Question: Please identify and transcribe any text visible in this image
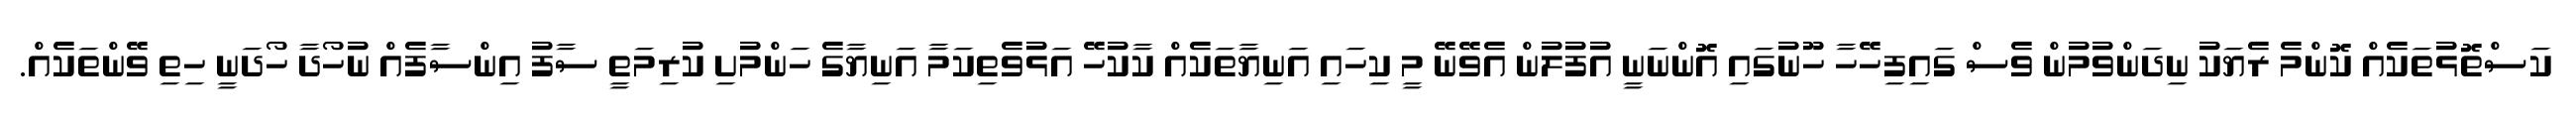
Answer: ކަސްތޮޅުތަކެއް ކޮންމެ ރެޔަކު ނިދަންވުމުން ވެސް ގައިފިހޭހާ ހޫނުގައި އޮންނަނީ އުފުލުން އެވޭނޭ މީ ކިހައި އަނިޔާތަކެއް ކާކުހޭ އަޅުވެތިކަމާ އަނިޔާގެ ހަންމުށި ކުރިމަތީ ސާފު އިންސާފެއް ނުހޯދާ ހޯދަނީ ހިތި ވޭންތަކެއް.